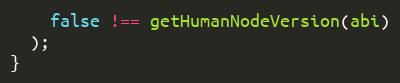
Language: JavaScript
    false !== getHumanNodeVersion(abi)
  );
}